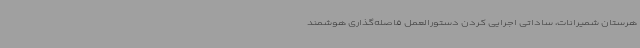
هرستان شمیرانات، ساداتی اجرایی کردن دستورالعمل فاصله‌گذاری هوشمند